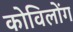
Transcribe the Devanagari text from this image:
कोविलोंग